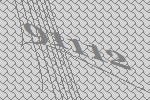
91112